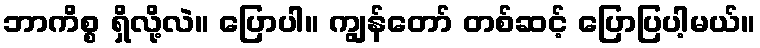
ဘာကိစ္စ ရှိလို့လဲ။ ပြောပါ။ ကျွန်တော် တစ်ဆင့် ပြောပြပါ့မယ်။